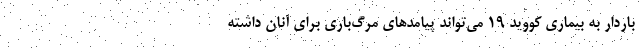
باردار به بیماری کووید ۱۹ می‌تواند پیامدهای مرگ‌باری برای آنان داشته